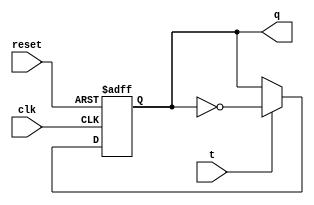
module t_flip_flop (
    input clk,   // Clock input
    input reset, // Reset input
    input t,     // Toggle input
    output reg q // Output
);

// Check for rising edge of clock signal
always @(posedge clk or posedge reset) begin
    if (reset) begin
        q <= 1'b0; // Reset output to 0
    end else begin
        if (t) begin
            q <= ~q; // Toggle output
        end
    end
end

endmodule